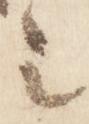
之